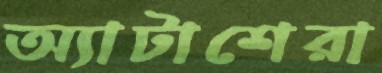
অ্যাটাশেরা